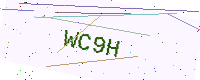
Text: WC9H